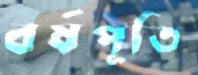
বর্ষপূতি